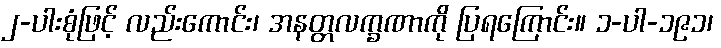
၂-ပါးစုံဖြင့် လည်းကောင်း၊ အနတ္တလက္ခဏာကို ပြရကြောင်း။ ၁-ပါ-၁၉၁၊